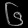
Digit: ၆